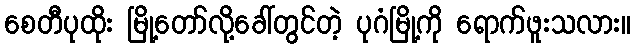
စေတီပုထိုး မြို့တော်လို့ခေါ်တွင်တဲ့ ပုဂံမြို့ကို ရောက်ဖူးသလား။